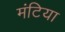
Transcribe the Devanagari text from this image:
मंटिया